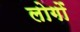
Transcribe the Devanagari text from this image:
लोगोंॱ